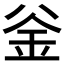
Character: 釡